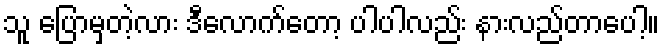
သူ ပြောမှတဲ့လား ဒီလောက်တော့ ပါပါလည်း နားလည်တာပေါ့။